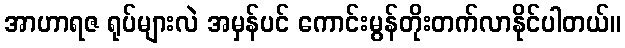
အာဟာရဇ ရုပ်များလဲ အမှန်ပင် ကောင်းမွန်တိုးတက်လာနိုင်ပါတယ်။